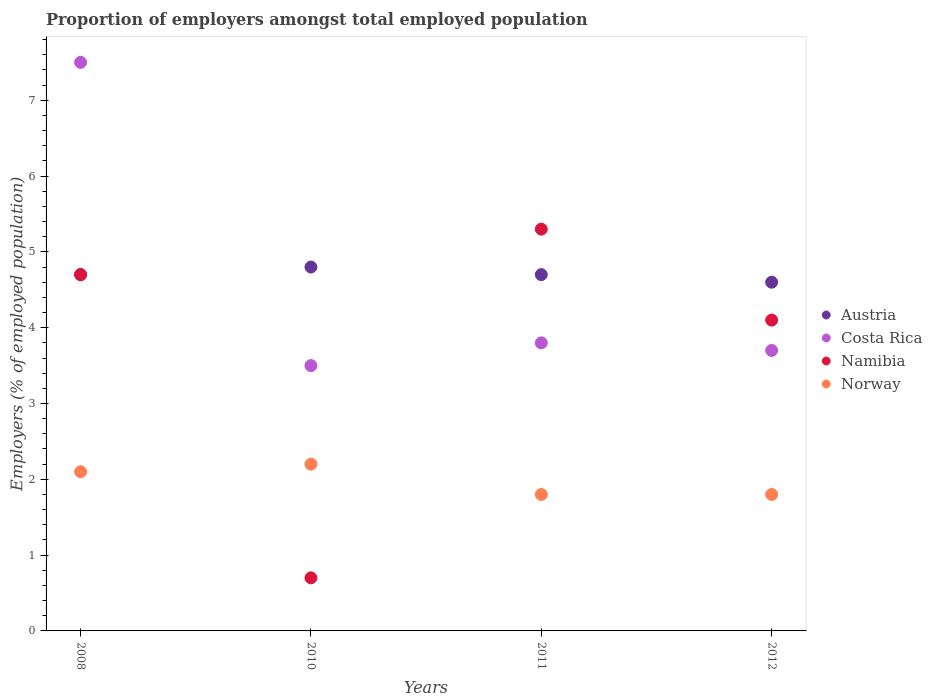
| Years | Austria | Costa Rica | Namibia | Norway |
 | --- | --- | --- | --- | --- |
 | 2008 | 4.7 | 7.5 | 4.7 | 2.1 |
 | 2010 | 4.8 | 3.5 | 0.7 | 2.2 |
 | 2011 | 4.7 | 3.8 | 5.3 | 1.8 |
 | 2012 | 4.6 | 3.7 | 4.1 | 1.8 |